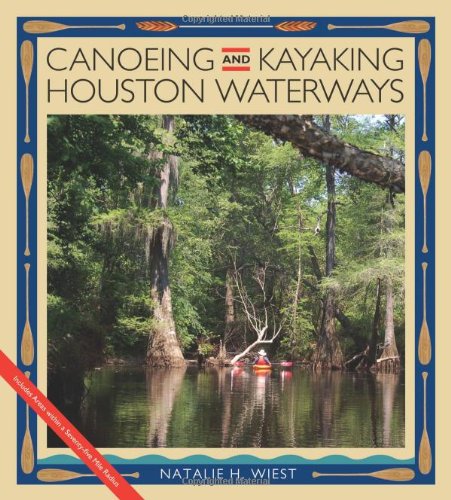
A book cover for Canoeing and Kayaking Houston Waterways (River Books, Sponsored by The Meadows Center for Water and the Environment, Texa); Natalie H. Wiest; Sports & Outdoors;